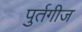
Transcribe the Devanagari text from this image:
पुर्तगीज